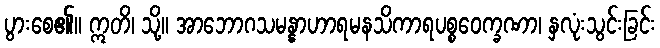
ပွားစေ၏။ ဣတိ၊ သို့။ အာဘောဂသမန္နာဟာရမနသိကာရပစ္စဝေက္ခဏာ၊ နှလုံးသွင်းခြင်း